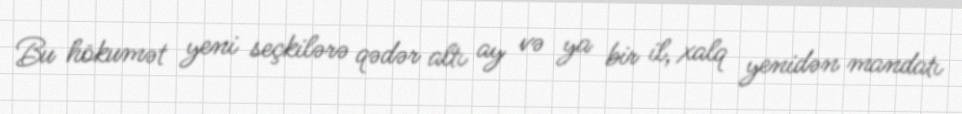
Bu hökumət yeni seçkilərə qədər altı ay və ya bir il, xalq yenidən mandatı